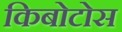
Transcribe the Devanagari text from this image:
किबोटोस